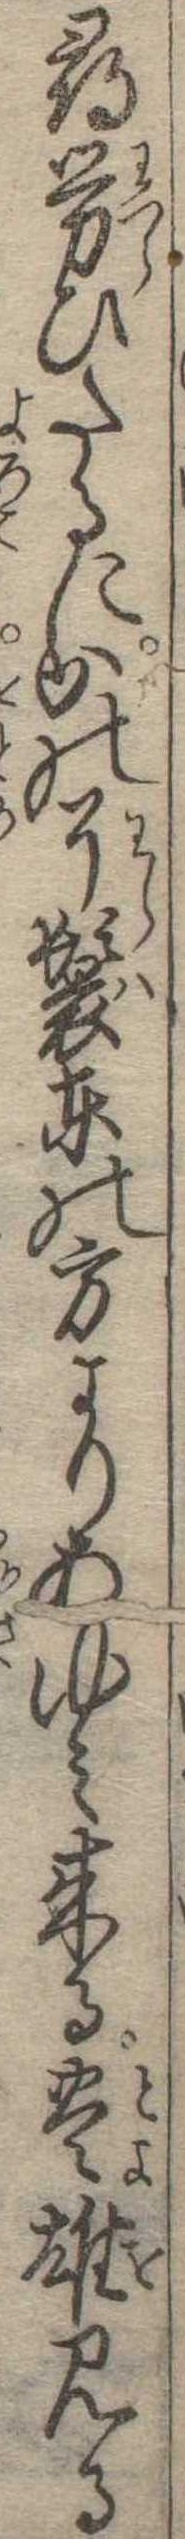
尋労ひたるにかの了鬟東の方よりあゆみ来る豊雄見る